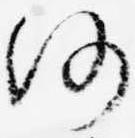
仍